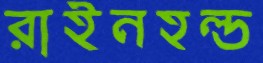
রাইনহল্ড